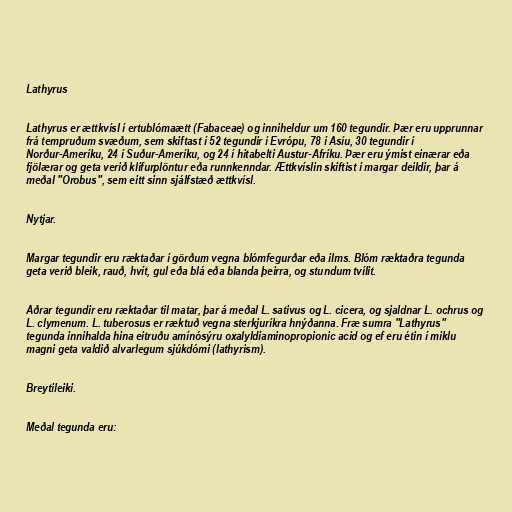
Lathyrus

Lathyrus er ættkvísl í ertublómaætt (Fabaceae) og inniheldur um 160 tegundir. Þær eru upprunnar
frá tempruðum svæðum, sem skiftast í 52 tegundir í Evrópu, 78 í Asíu, 30 tegundir í
Norður-Ameríku, 24 í Suður-Ameríku, og 24 í hitabelti Austur-Afríku. Þær eru ýmist einærar eða
fjölærar og geta verið klifurplöntur eða runnkenndar. Ættkvíslin skiftist í margar deildir, þar á
meðal "Orobus", sem eitt sinn sjálfstæð ættkvísl.

Nytjar.

Margar tegundir eru ræktaðar í görðum vegna blómfegurðar eða ilms. Blóm ræktaðra tegunda
geta verið bleik, rauð, hvít, gul eða blá eða blanda þeirra, og stundum tvílit.

Aðrar tegundir eru ræktaðar til matar, þar á meðal L. sativus og L. cicera, og sjaldnar L. ochrus og
L. clymenum. L. tuberosus er ræktuð vegna sterkjuríkra hnýðanna. Fræ sumra "Lathyrus"
tegunda innihalda hina eitruðu amínósýru oxalyldiaminopropionic acid og ef eru étin í miklu
magni geta valdið alvarlegum sjúkdómi (lathyrism).

Breytileiki.

Meðal tegunda eru: